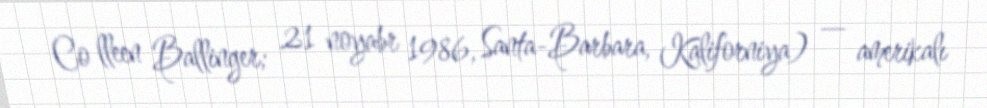
Co lleen Ballinger; 21 noyabr 1986, Santa-Barbara, Kaliforniya) — amerikalı